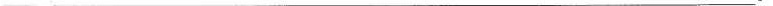
___。